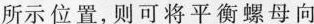
所示位置，则可将平衡螺母向